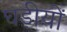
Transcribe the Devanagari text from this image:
घड़ीयों